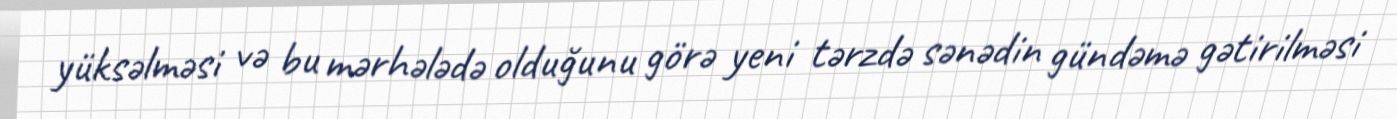
yüksəlməsi və bu mərhələdə olduğunu görə yeni tərzdə sənədin gündəmə gətirilməsi